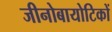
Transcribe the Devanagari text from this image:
जीनोबायोटिकों